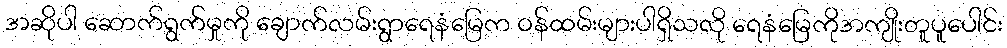
အဆိုပါ ဆောက်ရွက်မှုကို ချောက်လမ်းရွာရေနံမြေက ဝန်ထမ်းများပါရှိသလို ရေနံမြေကိုအကျိုးတူပူပေါင်း